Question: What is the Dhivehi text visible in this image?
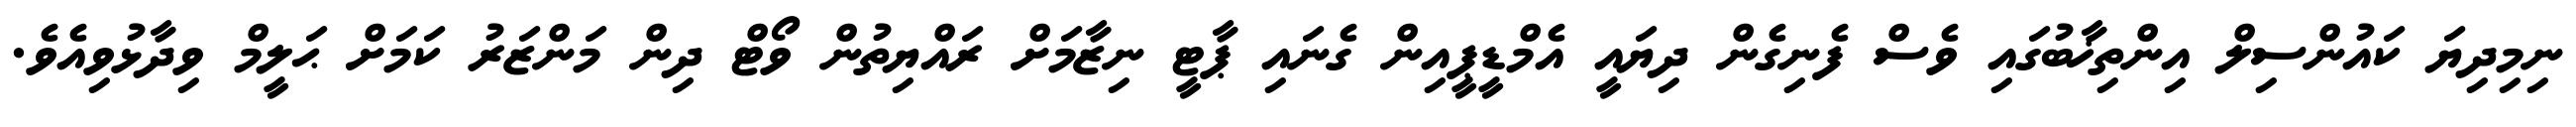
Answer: ނިމިދިޔަ ކައުންސިލް އިންތިޚާބުގައި ވެސް ފެނިގެން ދިޔައީ އެމްޑީޕީއިން ގެނައި ޕާޓީ ނިޒާމަށް ރައްޔިތުން ވޯޓް ދިން މަންޒަރު ކަމަށް ޙަލީމް ވިދާޅުވިއެވެ.